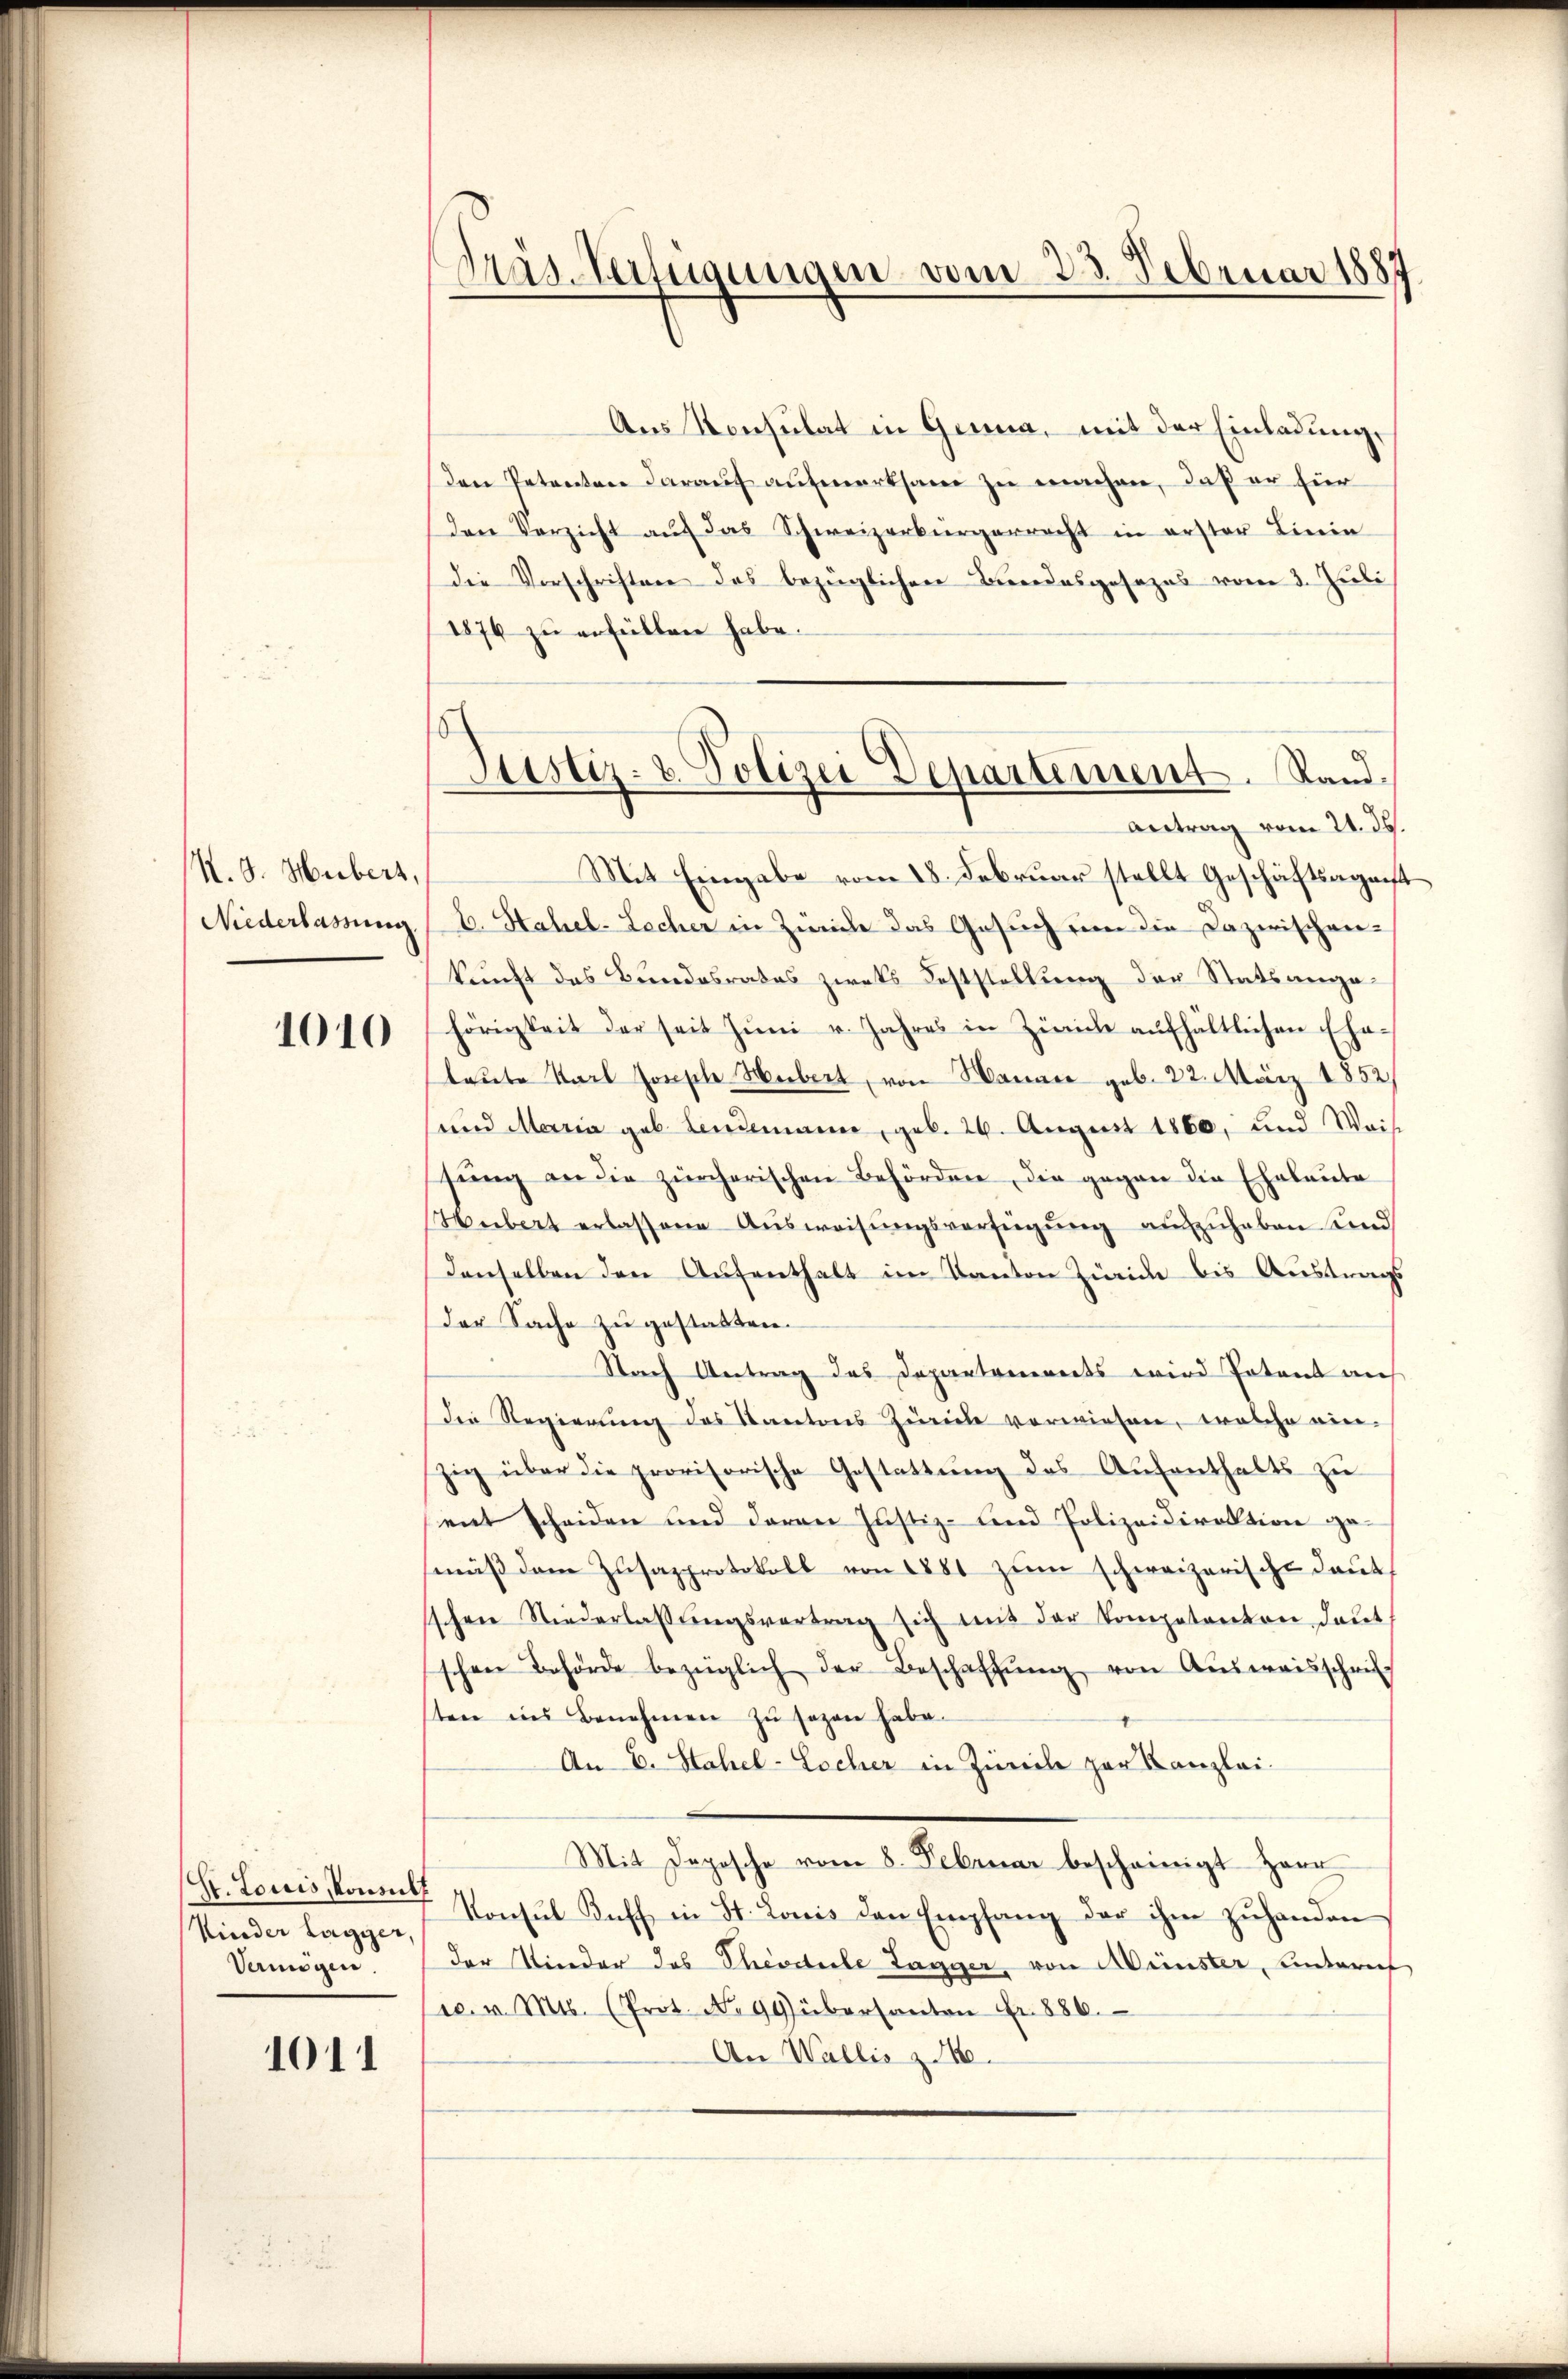
K. J. Hubert,
Niederlassung

1010

St. Louis konnt
Kinder Lagger,
Vermögen

1011

Fräs-Verteigungen vom 23. Februar 1887

Aus Konsulat in Genua, mit der Einladung,
Den Petenten darauf aufmerksam zu machen, daß er für
den Verzicht aŭf das Schweizerbürgerrecht in erster Linie
die Vorschriften des bezüglichen Beredasgesezes vom 3. Juli
1876 zu erfüllen habe.
Mit Eingabe vom 18. Februar stellt Geschäftsagenst
H. Hahel-Lecher in Zweite das Gesuch um die Dazwischen-
kunft des Bundesrates zweks Feststellung der Statsangehörigkeit der seit Jŭni u. Jahres in Zürich aŭfhältlichen Ehe-
laŭte Karl Joseph Hubert, von Hanace geb. 22. März 1852
und Maria geb. Leidemann, geb. 26. August 1860, und Weise
sŭng an die zürcherischen Behörden, die gegen die Eheleute
Hubert erlassene Aŭsweisŭngsverfügŭng auszuhaben und
denselben den Aufenthalt im Kanton Zweide bis Austrags
der Sache zu gestatten.
Nach Antrag des Departanereits wird Potent auf
die Regierung des Kantons Zürich verwiesen, welche ein-
zig über die provisorische Gestattung des Aufenthalts zu
mnt scheiden und deren Justiz- und Polizeidirektion gemäβ dem Zŭsazprotokoll von 1881 zŭm schweizerische deut
sschen Niederlassŭngsvertrag sich mit der Competenton deut
schen Behörde bezüglich der Beschaffŭng von Aŭsweisschrift
ten ins Benehmen zu sagen habe.
An E. Stahel-Escher in Zürich zur Kanzlei-
Mit Deposche vom 8. Februar bescheinigt Herr
7 Konsul Koff in St. Louis den Empfang der ihm zuhanden
der Nieder des Theodicle Tagger, von Münster, unteri
sc. v. Mts. (Prot. No 99) übersanton Fr. 886.
An Wallis z. 16.

Justiz- & Polizei Departement. Sand¬
Antrag vom 21. ds.